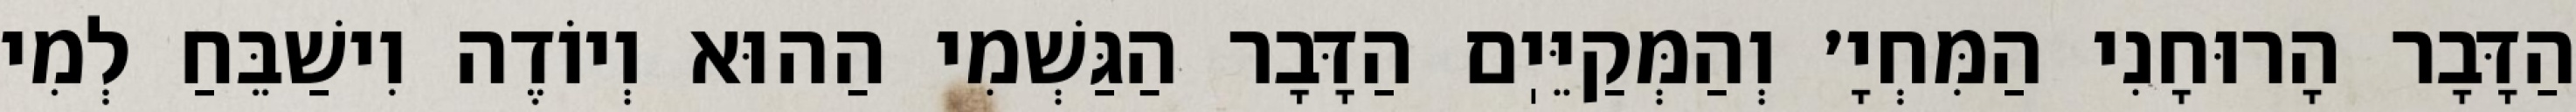
הַדָּבָר הָרוּחָנִי הַמִּחְיָ׳ וְהַמְּקַיֵּיֽם הַדָּבָר הַגַּשְׁמִי הַהוּא וְיוֹדֶה וִישַׁבֵּחַ לְמִי